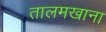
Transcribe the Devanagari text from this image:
तालमखाना